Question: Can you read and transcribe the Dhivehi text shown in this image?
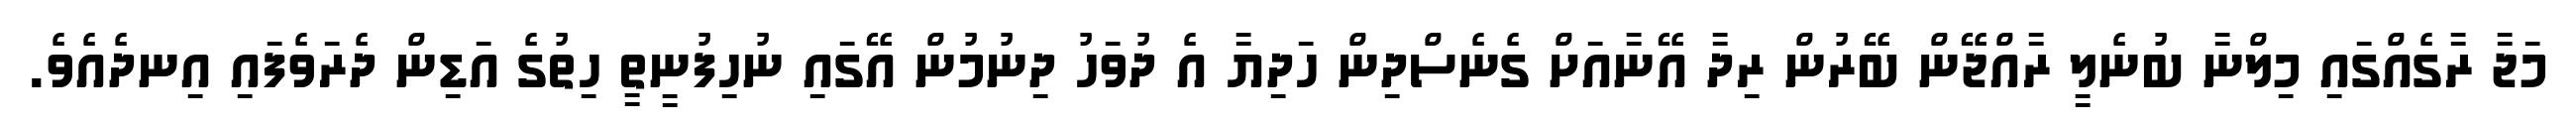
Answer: މަޖާ ރާގެއްގައި މިލްނާ ބުނެލީ ރާއްޖޭން ބޭރުން ރިދާ އޭނާއަށް ގެނެސްދިން ހަދިޔާ އެ ދުވަހު ދިނުމުން އޭގައި ނުހިފުނީތީ ހިތުގެ އަޑިން ދެރަވެފައި އިނދެއެވެ.